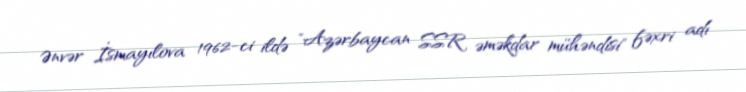
Ənvər İsmayılova 1962-ci ildə "Azərbaycan SSR əməkdar mühəndisi" fəxri adı